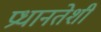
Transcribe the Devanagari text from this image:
प्रधानतेशी